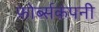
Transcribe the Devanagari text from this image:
फ़ोर्ब्सकंपनी